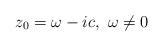
LaTeX: \begin{align*} z_0=\omega-ic, \,\, \omega\neq 0\end{align*}